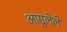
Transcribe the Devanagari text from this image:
आसुलेले